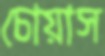
চোয়াস